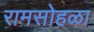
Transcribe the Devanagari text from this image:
रामसोहळा